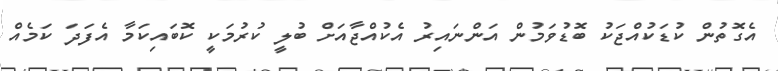
އެގޮތުން ކުޑަކުއްޖަކު ބޮޑުވަމުން އަންނައިރު އެކުއްޖާއަށް ބުލީ ކުރުމަކީ ކޮބައިކަމާ އެފަދަ ކަމެއް